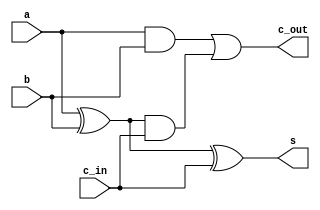
//fulladder.v
//structural gate level modelling

module fulladder (
    s, c_out,
    a, b, c_in
);

    input a, b, c_in;
    output s, c_out;
    wire s1, c1, c2;

    xor g1(s1, a, b), g2(s, s1, c_in);
    and g3(c1, a, b), g4(c2, s1, c_in);
    or g5(c_out, c1, c2);
    
endmodule